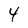
Character: 4